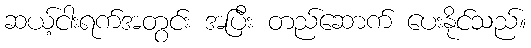
ဆယ့်ငါးရက်အတွင်း အပြီး တည်ဆောက် ပေးနိုင်သည်။